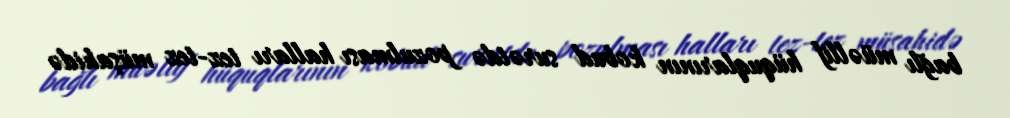
bağlı müəllif hüquqlarının kobud surətdə pozulması halları tez-tez müşahidə